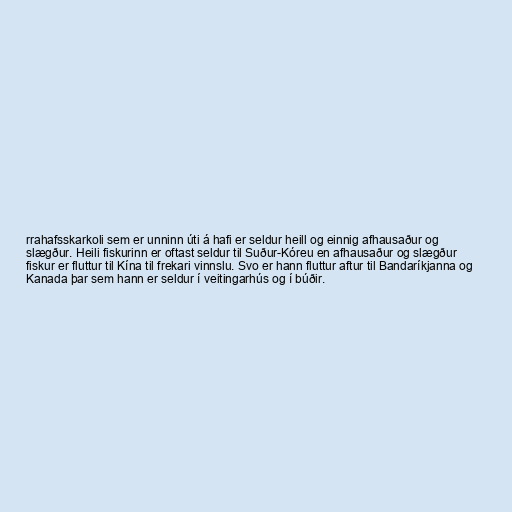
rrahafsskarkoli sem er unninn úti á hafi er seldur heill og einnig afhausaður og
slægður. Heili fiskurinn er oftast seldur til Suður-Kóreu en afhausaður og slægður
fiskur er fluttur til Kína til frekari vinnslu. Svo er hann fluttur aftur til Bandaríkjanna og
Kanada þar sem hann er seldur í veitingarhús og í búðir.